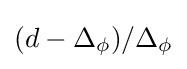
(d-\Delta _{\phi })/\Delta _{\phi }